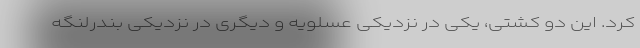
کرد. این دو کشتی، یکی در نزدیکی عسلویه و دیگری در نزدیکی بندرلنگه